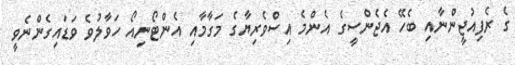
ގެ ރެފިއުޖީންނާއި ބެހޭ އެޖެންސީގެ އެންމެ އިސްވެރިޔާގެ މަގާމާއި އެންޓޯނިއޯ ހަވާލުވެ ވަޑައިގެންނެވީ